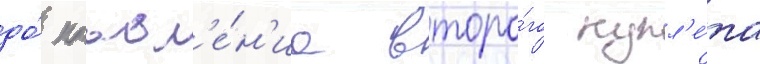
до́ поавл'е́н'иа второ́го купл'е́та